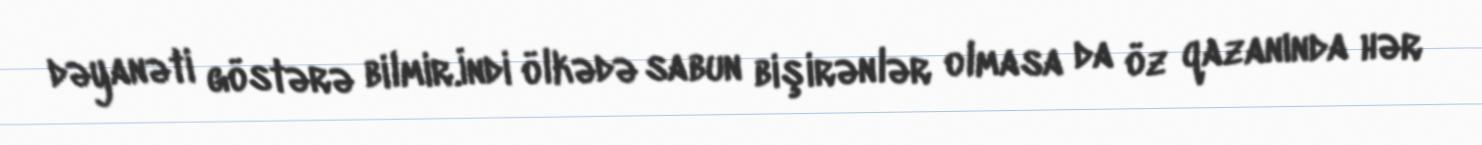
dəyanəti göstərə bilmir.İndi ölkədə sabun bişirənlər olmasa da öz qazanında hər